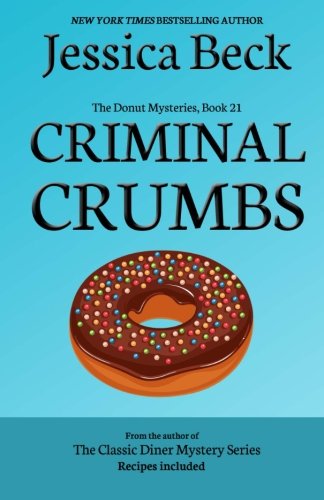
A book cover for Criminal Crumbs: Donut Mystery #21 (The Donut Mysteries) (Volume 21); Jessica Beck; Mystery, Thriller & Suspense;